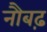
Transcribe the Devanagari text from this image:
नौबढ़